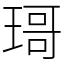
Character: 𱯍